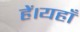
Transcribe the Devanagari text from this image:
हें।यहाँ